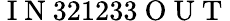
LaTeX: \mathrm{~I~N~}321233\mathrm{~O~U~T~}